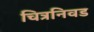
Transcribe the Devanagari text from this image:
चित्रनिवड